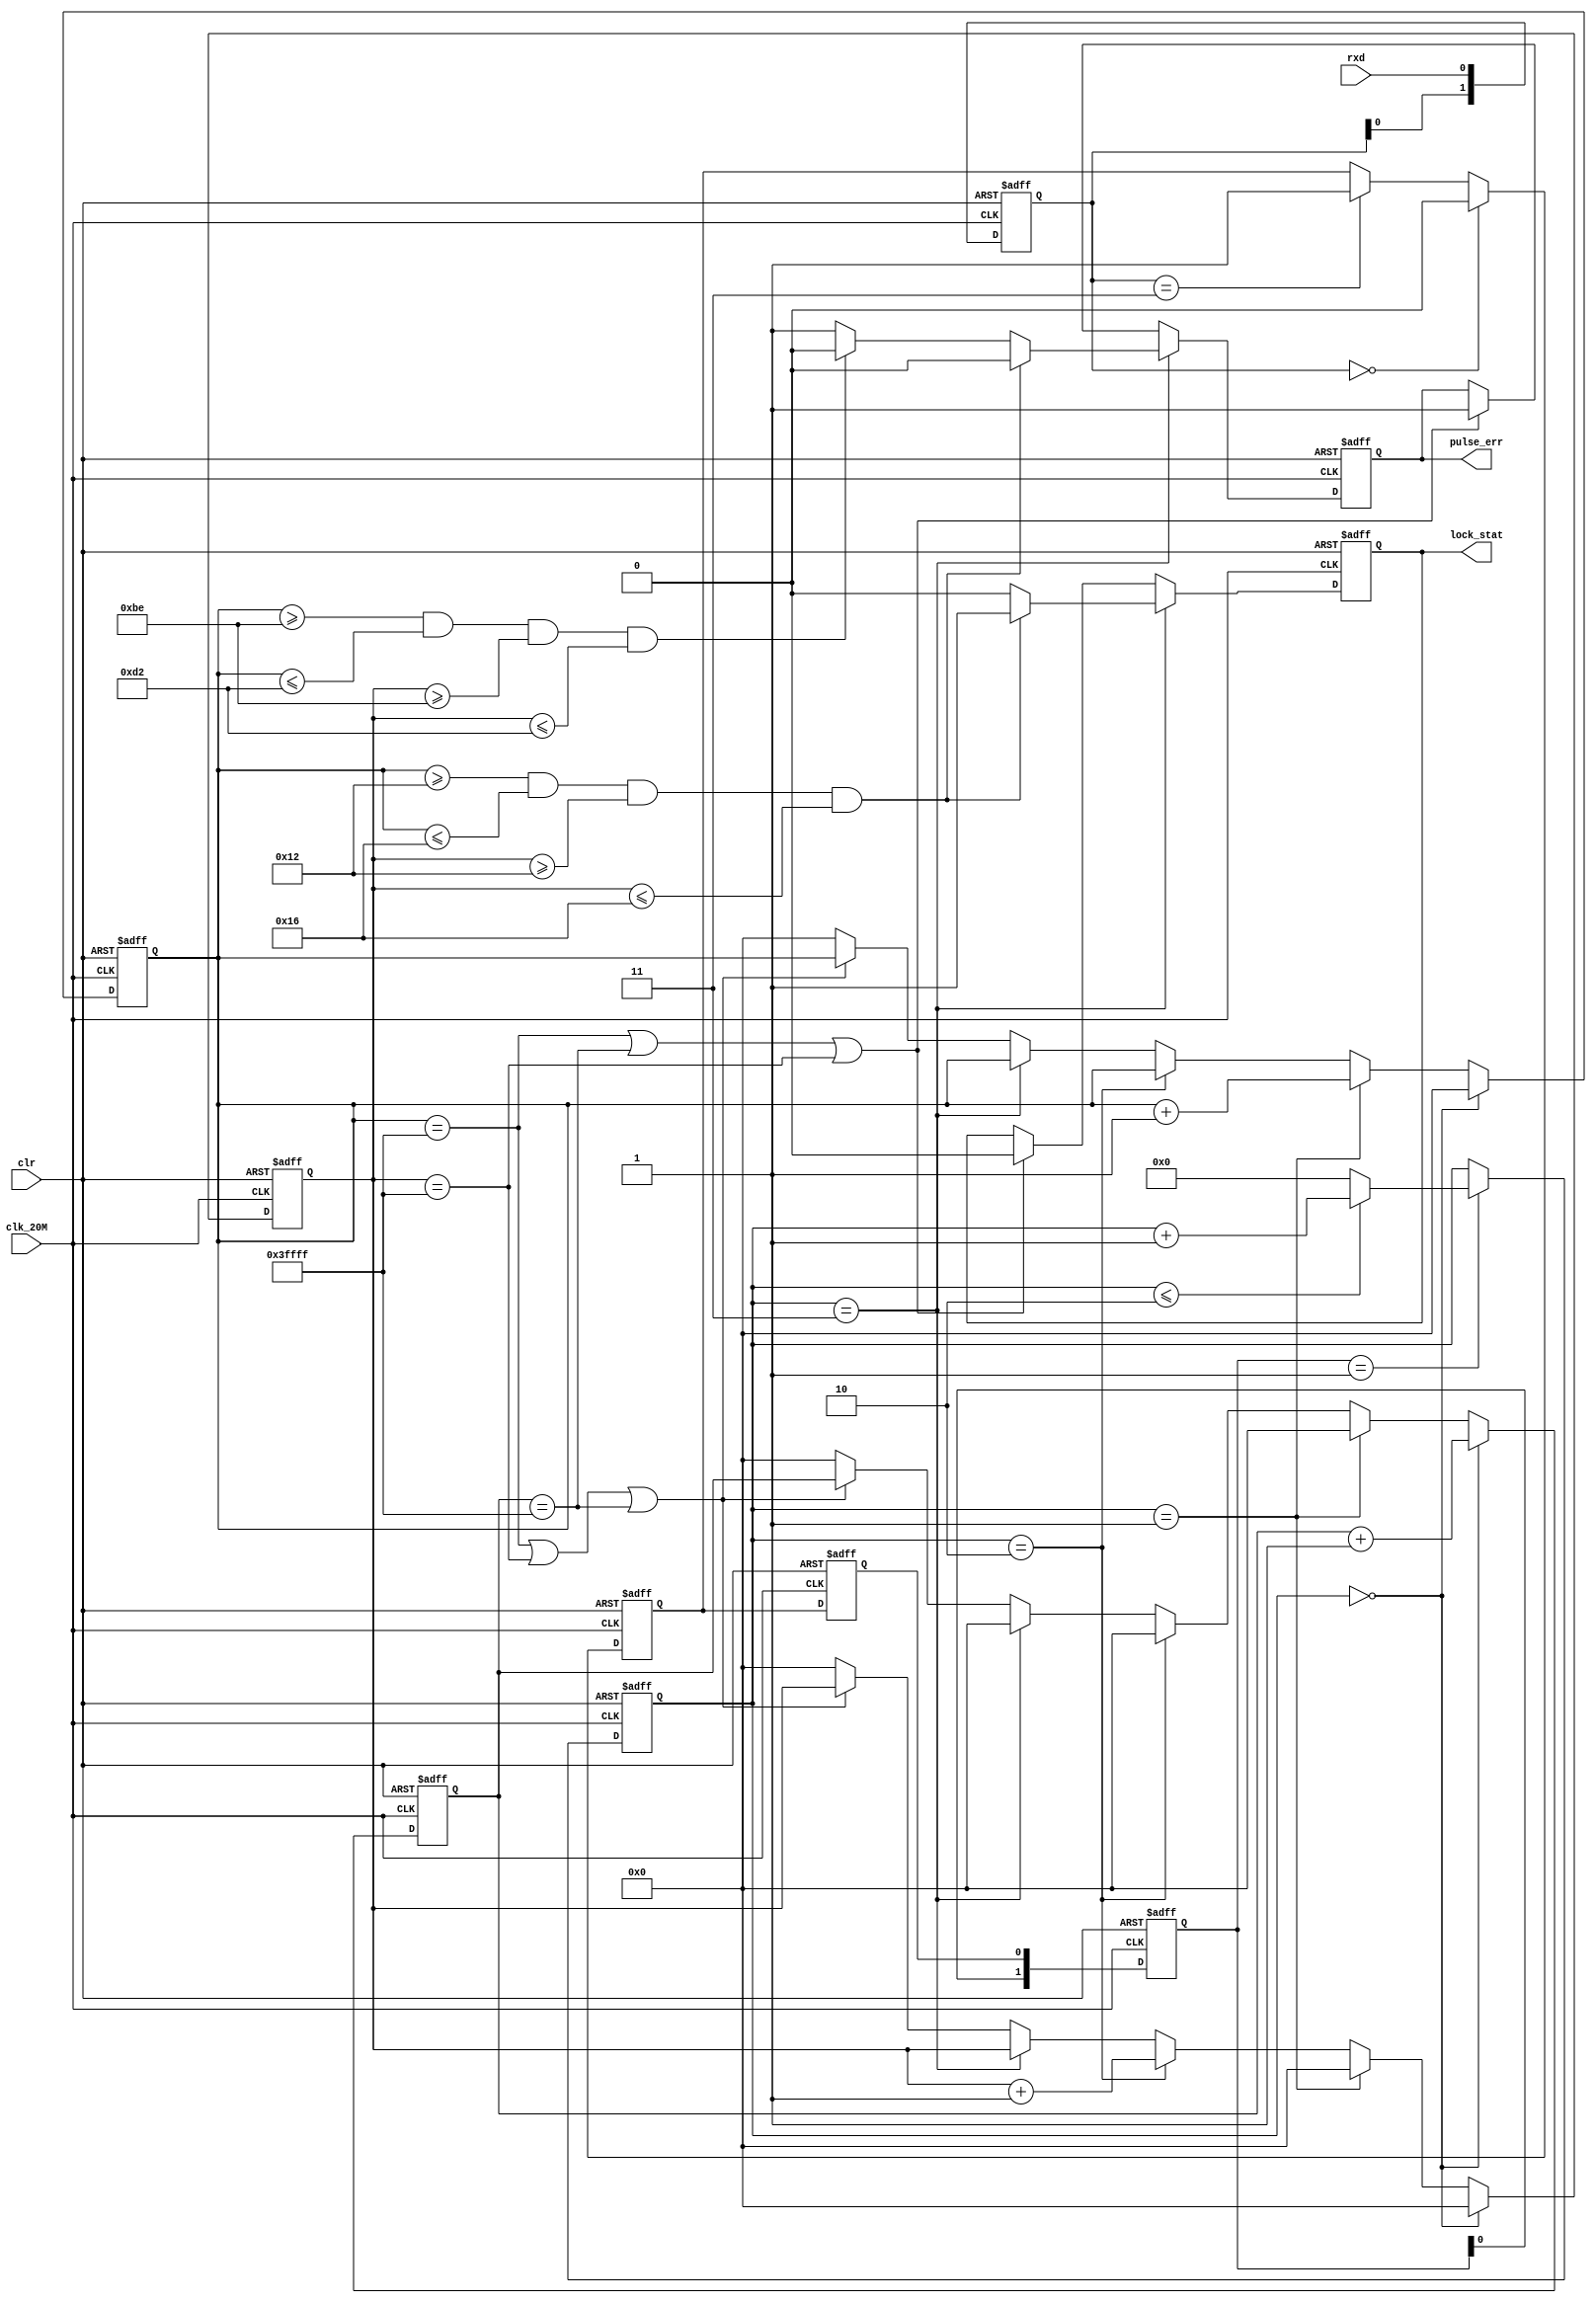
`timescale 1ns / 1ps
//////////////////////////////////////////////////////////////////////////////////
// Company: 
// Engineer: 
// 
// Design Name: 
// Module Name:    rxd_Man_lock 
// Project Name: 
// Target Devices: 
// Tool versions: 
// Description: 
//
// Dependencies: 
//
// Revision: 
// Revision 0.01 - File Created
// Additional Comments: 
//
//////////////////////////////////////////////////////////////////////////////////
module rxd_Man_lock(clk_20M,clr,rxd,lock_stat,pulse_err
    );
	 input clk_20M;
	 input clr;
	 input rxd;
	 output reg lock_stat;//1M1
	 output reg pulse_err;//1M100k
	 
	 parameter NUM_PULSE = 2; //PULSENUM1
	 //1Mclk_20M1m20clk_20M10%
	 parameter NUM_1M_L = 18'd18;
	 parameter NUM_1M_H = 18'd22;
	 //100Kclk_20M100K200clk_20M5%
	 parameter NUM_100K_L = 18'd190;
	 parameter NUM_100K_H = 18'd210;
	 
	 //*****************************************//
	 reg [2:0] Samp_reg;
	 reg rxd_temp;
	 reg data_reg;
	 
	 wire rxd_low = ( Samp_reg[1:0] == 2'b00 );
	 wire rxd_high = ( Samp_reg[1:0] == 2'b11 );
	 
	 always @ ( negedge clr or posedge clk_20M )
	 begin
		if ( !clr )
			begin
				rxd_temp <= 1'b1;
				Samp_reg <= 3'b111;
				data_reg <= 1'b1;
			end
		else
			begin
				Samp_reg <= { Samp_reg[1:0] , rxd };
				if ( rxd_low )
					rxd_temp <= 1'b0;
				else if ( rxd_high )
					rxd_temp <= 1'b1;
				else
					rxd_temp <= rxd_temp;
				data_reg <= rxd_temp;
			end
	 end
	 //****************,2*********************//
	 reg [1:0] rxd_reg;
	 reg [7:0] cnt1;
	 
	 always @ ( negedge clr or posedge clk_20M )
	 begin
		if ( !clr )
			rxd_reg <= 2'b00;
		else
			rxd_reg <= { rxd_reg[0] , data_reg };
	 end
	 
	 always @ ( negedge clr or posedge clk_20M )
	 begin
		if ( !clr )
			cnt1 <= 8'b0;
		else if ( rxd_reg == 2'b01 )
			begin
				if ( cnt1 <= 8'd2 )
					cnt1 <= cnt1 + 1'd1;
				else
					cnt1 <= 8'd0;
			end
		 else
			cnt1 <= cnt1;
	 end
	 //*******************1M100k******************//
	 reg [17:0] cnt2;
	 reg [17:0] cnt3;//cnt10
	 reg [17:0] cnt4;//cnt2cnt4
	 always @ ( negedge clr or posedge clk_20M )
	 begin
		if ( !clr )
			begin
			cnt2 <= 18'd0;
			cnt3 <= 18'd0;
			cnt4 <= 18'd0;
			end
		else if ( cnt1 == 8'd0 )
			begin
			cnt2 <= 18'd0;
			cnt3 <= cnt3 + 18'd1;
			cnt4 <= 18'd0;
			end
		else if ( cnt1 == 8'd1 )
			begin
			cnt2 <= cnt2 + 18'd1;
			cnt3 <= 18'd0;
			cnt4 <= 18'd0;
			end
		else if ( cnt1 == 8'd2 )
			begin
			cnt2 <= cnt2;
			cnt3 <= 18'd0;
			cnt4 <= cnt4 + 18'd1;
			end
		else if ( cnt1 == 8'd3 )
			begin
			cnt2 <= cnt2;
			cnt3 <= 18'd0;
			cnt4 <= cnt4;
			end
		else if ( ( cnt2 == 18'h3ffff ) | ( cnt4 == 18'h3ffff ) | ( cnt3 == 18'h3ffff ) )
			begin
			cnt2 <= cnt2;
			cnt3 <= cnt3;
			cnt4 <= cnt4;
			end
		else
			begin
			cnt2 <= 18'd0;
			cnt3 <= 18'd0;
			cnt4 <= 18'd0;
			end
	 end
	 
	 //*********************************//
	 always @ ( negedge clr or posedge clk_20M )
	 begin
		if ( !clr )
			begin
			lock_stat <= 1'b0;
			pulse_err <= 1'b0;
			end
		else if ( cnt1 == ( NUM_PULSE +1 ) )
			begin
			if ( ( cnt2 >= NUM_1M_L ) & ( cnt2 <= NUM_1M_H ) & ( cnt4 >= NUM_1M_L ) & ( cnt4 <= NUM_1M_H ) )
				begin
				lock_stat <= 1'b1;//
				pulse_err <= 1'b0;
				end
			else if ( ( cnt2 >= NUM_100K_L ) & ( cnt2 <= NUM_100K_H ) & ( cnt4 >= NUM_100K_L ) & ( cnt4 <= NUM_100K_H ) )
				begin
				lock_stat <= 1'b0;//
				pulse_err <= 1'b0;
				end
			else
				begin
				lock_stat <= 1'b0;
				pulse_err <= 1'b1;
				end
			end
		else if ( ( cnt2 == 18'h3ffff ) | ( cnt3 == 18'h3ffff ) | ( cnt4 == 18'h3ffff ) )
			begin
			lock_stat <= 1'b0;
			pulse_err <= 1'b1;
			end
		else
			begin
			lock_stat <= lock_stat;
			pulse_err <= pulse_err;
			end
	end

			
endmodule